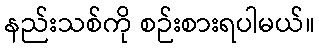
နည်းသစ်ကို စဉ်းစားရပါမယ်။